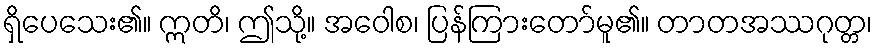
ရှိပေသေး၏။ ဣတိ၊ ဤသို့။ အဝေါစ၊ ပြန်ကြားတော်မူ၏။ တာတအဿဂုတ္တ၊